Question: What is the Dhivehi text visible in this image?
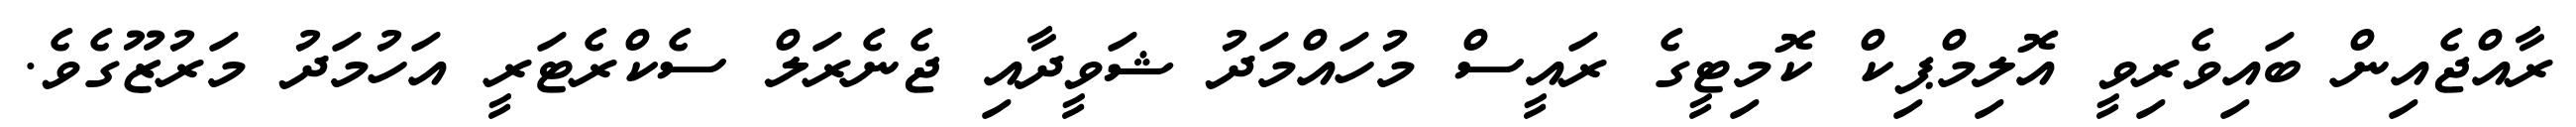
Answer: ރާއްޖެއިން ބައިވެރިވީ އޮލިމްޕިކް ކޮމިޓީގެ ރައީސް މުހައްމަދު ޝަވީދާއި ޖެނެރަލް ސެކްރެޓަރީ އަހުމަދު މަރުޒޫގެވެ.